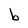
Character: b